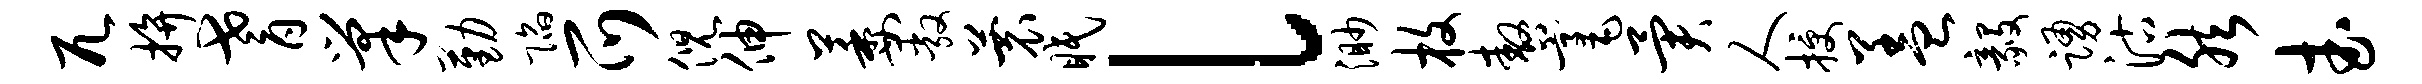
兀拚耆巢勤陷爪倪伸萎敞蓑眠l渺枚嗷毫异人授盖毅踊沽然武